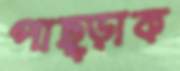
পাছ্‌ড়াক